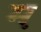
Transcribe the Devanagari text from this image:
म़